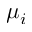
\mu _ { i }